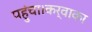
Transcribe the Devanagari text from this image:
पहुंचा।कर्वाका